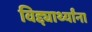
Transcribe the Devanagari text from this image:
विद्द्यार्थ्यांना